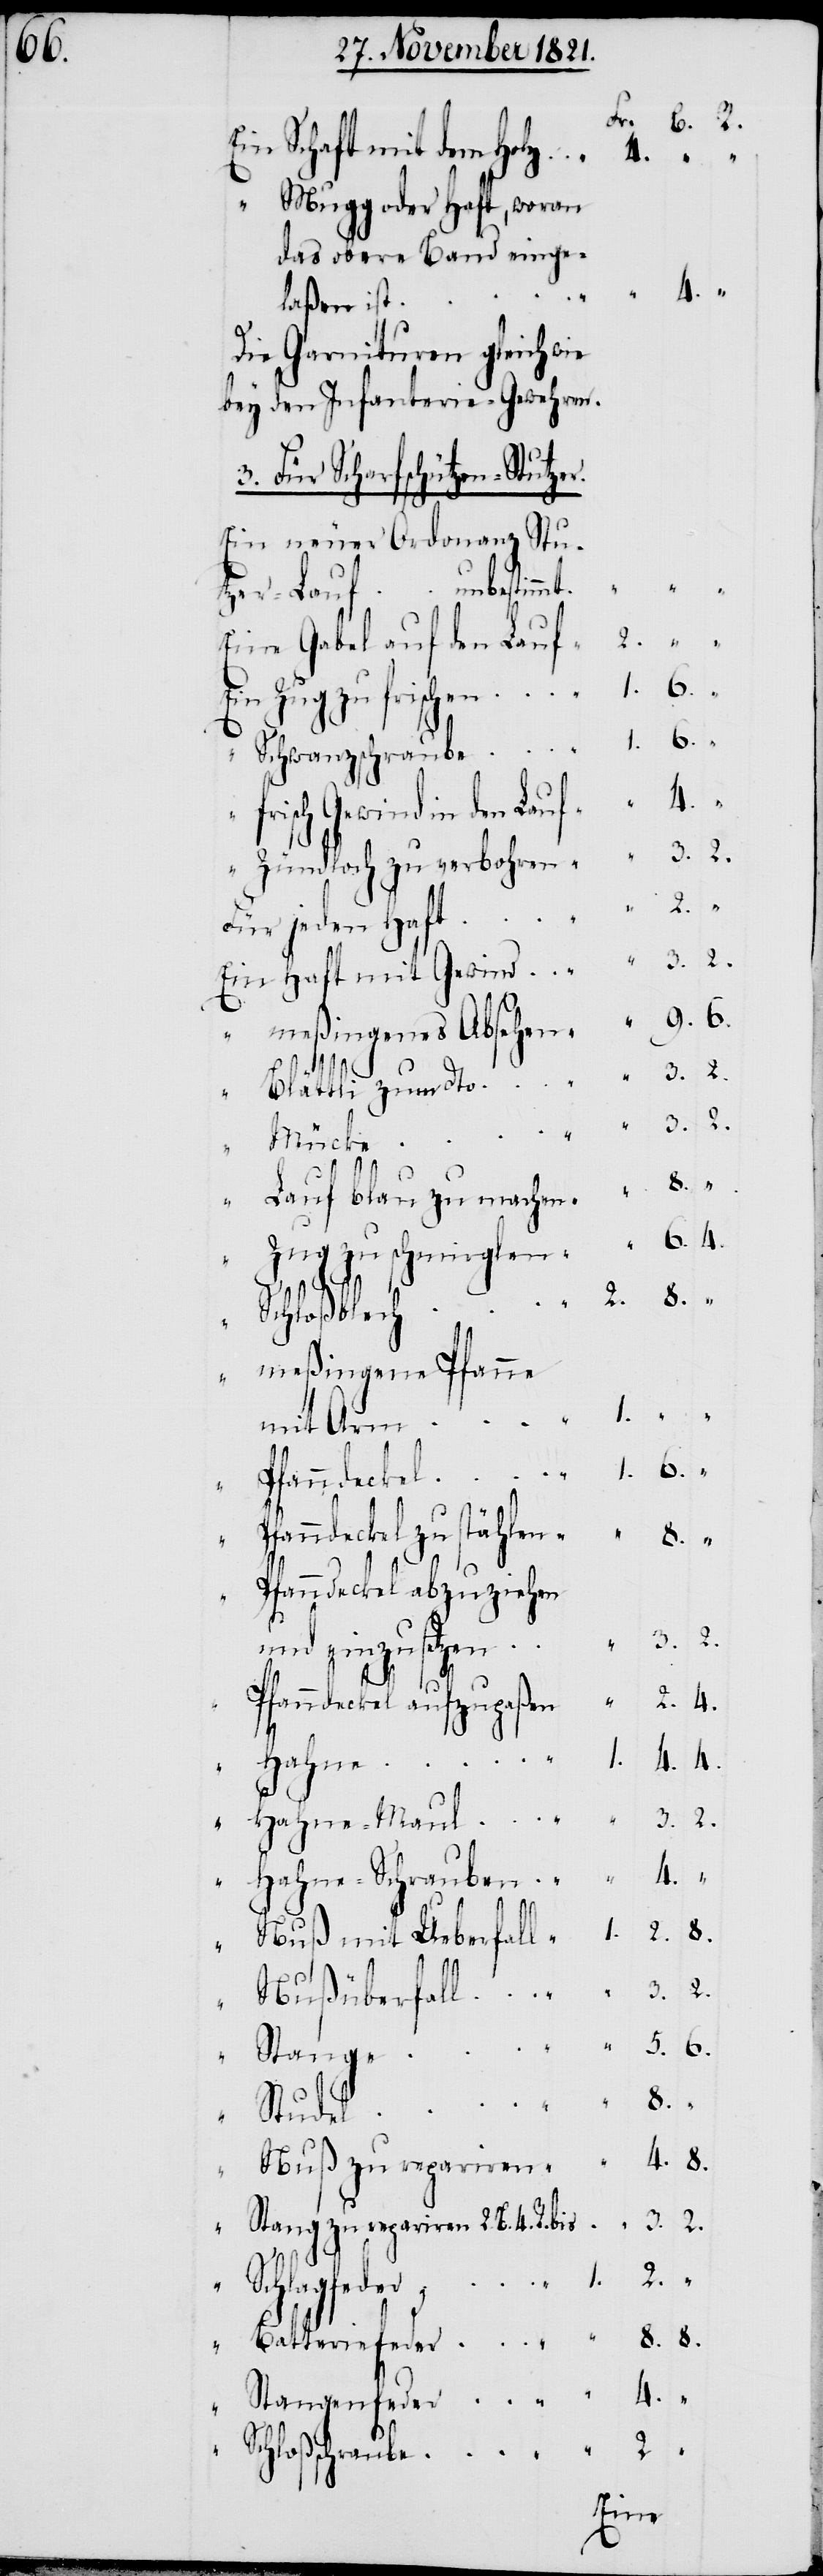
Ein Schaft mit dem Holz
“ Mugg oder Haft, woran
das obere Band einge¬
laßen ist
Die Garnituren gleich wie
bey den Infanterie-Gewehren
3. Für Scharfschützen-Stutze¬
Ein neuer Ordonanz-Stu¬
tzer-Lauf unbestim¬
Eine Gabel auf den Lauf
6.
Ein Zug zu frischen
“ frisch Gewind in den Lauf
“ Zündloch zu verbohren
2.
Für jeden Haft
Ein Haft mit Gewind
“ meßingenes Absehen
“ Blättli zum dto
3.
Mücke
Lauf blau zu machen
8.
Zug zu schmirglen
Schloßschraube
“ meßingene Pfanne
mit Arm
“ Pfanndeckel
fanndeckel zu stählen
8.
Pfanndeckel abzuziehen
P¬
und einzusetzen
1.
Pfanndeckel aufzupaßen
9.
“ Hahne-Schrauben
Studel
“ Stang zu repariren 2. B. 4. R.
4.
Hahne